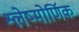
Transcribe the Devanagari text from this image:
श्लेष्मोर्णिक